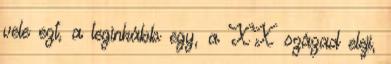
vele ezt, a leginkább egy, a XX század eleji,